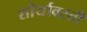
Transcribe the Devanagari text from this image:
शौर्यावरती